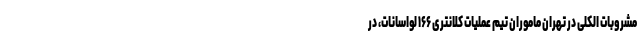
مشروبات الکلی در تهران ماموران تیم عملیات کلانتری ۱۶۶ لواسانات، در